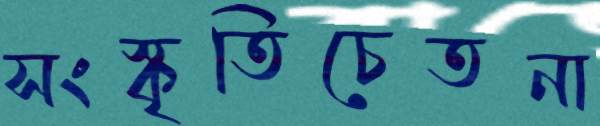
সংস্কৃতিচেতনা